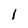
Character: 1